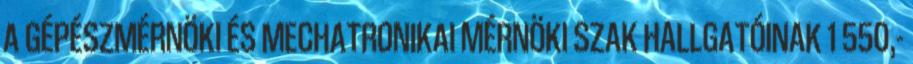
A GÉPÉSZMÉRNÖKI ÉS MECHATRONIKAI MÉRNÖKI SZAK HALLGATÓINAK 1 550,-